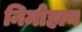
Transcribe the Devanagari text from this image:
निमोहाय